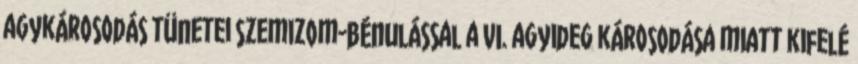
agykárosodás tünetei szemizom-bénulással a VI. agyideg károsodása miatt kifelé